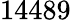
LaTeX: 14489